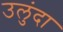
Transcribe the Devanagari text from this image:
उलुंदा